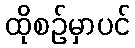
ထိုစဉ်မှာပင်